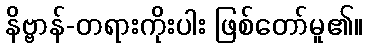
နိဗ္ဗာန်-တရားကိုးပါး ဖြစ်တော်မူ၏။